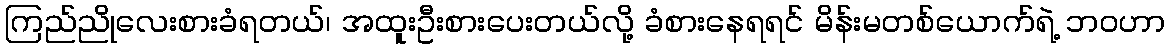
ကြည်ညိုလေးစားခံရတယ်၊ အထူးဦးစားပေးတယ်လို့ ခံစားနေရရင် မိန်းမတစ်ယောက်ရဲ့ ဘဝဟာ